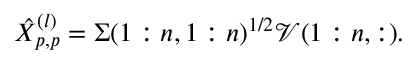
\begin{array} { r } { \hat { X } _ { p , p } ^ { ( l ) } = \Sigma ( 1 : n , 1 : n ) ^ { 1 / 2 } \mathcal { V } ( 1 : n , : ) . } \end{array}